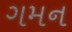
ગમન